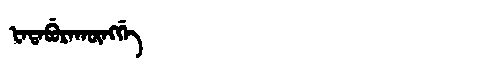
Manchu: ᡶᠠᡨᠠᠪᡠᡵᠠᡴᡡᠩᡤᡝ
Romanization: FATABURAKŪNGGE